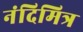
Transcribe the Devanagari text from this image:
नंदिमित्र